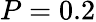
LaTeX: P=0.2